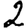
Digit: 2